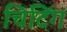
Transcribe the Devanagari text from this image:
चिटिंग